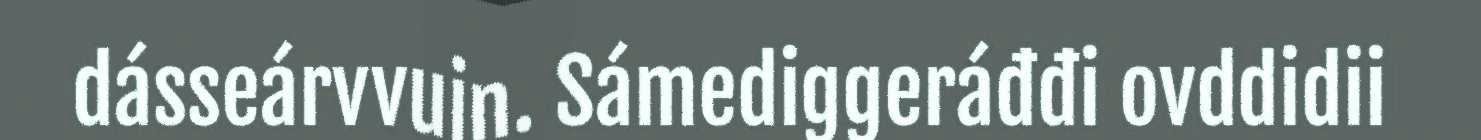
dásseárvvuin. Sámediggeráđđi ovddidii